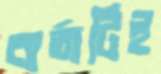
বার্তাটিই